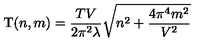
\mathrm { T } ( n , m ) = \frac { T V } { 2 \pi ^ { 2 } \lambda } \sqrt { n ^ { 2 } + \frac { 4 \pi ^ { 4 } m ^ { 2 } } { V ^ { 2 } } }